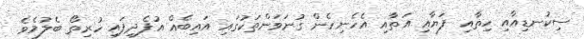
ސިކުނޑިއާއި ހިތާއި ފަޔާއި އަތާއި އެހެނިހެން ގުނަވަންތަކުގައި އައިބެއް އުފެދިފައި ހުރިތޯ ބެލުމެވެ.